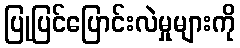
ပြုပြင်ပြောင်းလဲမှုများကို